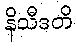
နိသီဒတိ